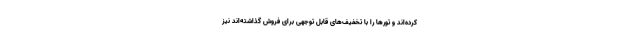
کرده‌اند و تورها را با تخفیف‌های قابل توجهی برای فروش گذاشته‌اند نیز